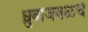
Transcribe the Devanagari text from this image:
ध्रुवाजवळचे